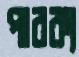
পারক্য